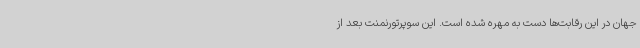
جهان در این رقابت‌ها دست به مهره شده است. این سوپرتورنمنت بعد از